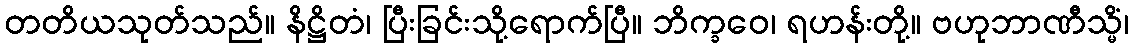
တတိယသုတ်သည်။ နိဋ္ဌိတံ၊ ပြီးခြင်းသို့ရောက်ပြီ။ ဘိက္ခဝေ၊ ရဟန်းတို့။ ဗဟုဘာဏီသ္မိံ၊